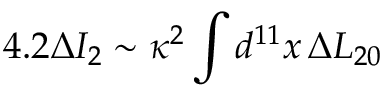
4 . 2 \Delta I _ { 2 } \sim \kappa ^ { 2 } \int d ^ { 1 1 } x \, \Delta L _ { 2 0 }